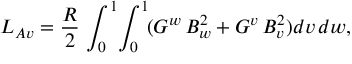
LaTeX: L _ { A v } = \frac { R } { 2 } \, \int _ { 0 } ^ { 1 } \! \int _ { 0 } ^ { 1 } \! ( G ^ { w } \, B _ { w } ^ { 2 } + G ^ { v } \, B _ { v } ^ { 2 } ) d v \, d w ,